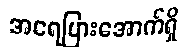
အရေပြားအောက်ရှိ